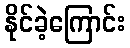
နိုင်ခဲ့ကြောင်း